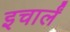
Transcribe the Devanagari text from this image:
इचार्लं